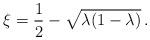
LaTeX: \begin{align*}\xi = {1\over 2} - \sqrt{\lambda(1-\lambda)}\,. \end{align*}